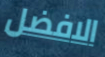
الافضل